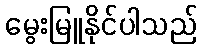
မွေးမြူနိုင်ပါသည်